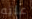
عليه